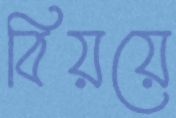
বিয়য়ে